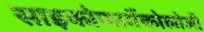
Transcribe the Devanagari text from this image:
साइकोफार्मेकोलोजी